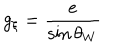
g _ { \xi } = { \frac { e } { \sin \theta _ { W } } }